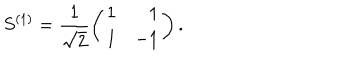
S ^ { ( 1 ) } = \frac { 1 } { \sqrt 2 } \left( \begin{array} { l r } { { 1 } } & { { 1 } } \\ { { 1 } } & { { - 1 } } \\ \end{array} \right) .